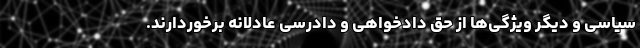
سیاسی و دیگر ویژگی‌ها از حق دادخواهی و دادرسی عادلانه برخوردارند.